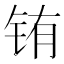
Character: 铕